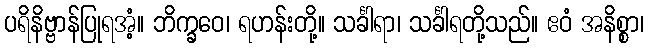
ပရိနိဗ္ဗာန်ပြုရအံ့။ ဘိက္ခဝေ၊ ရဟန်းတို့။ သင်္ခါရာ၊ သင်္ခါရတို့သည်။ ဧဝံ အနိစ္စာ၊